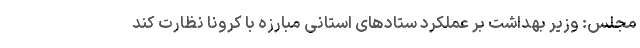
مجلس: وزیر بهداشت بر عملکرد ستادهای استانی مبارزه با کرونا نظارت کند